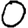
Digit: 0